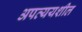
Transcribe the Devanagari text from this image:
अपव्ययशील